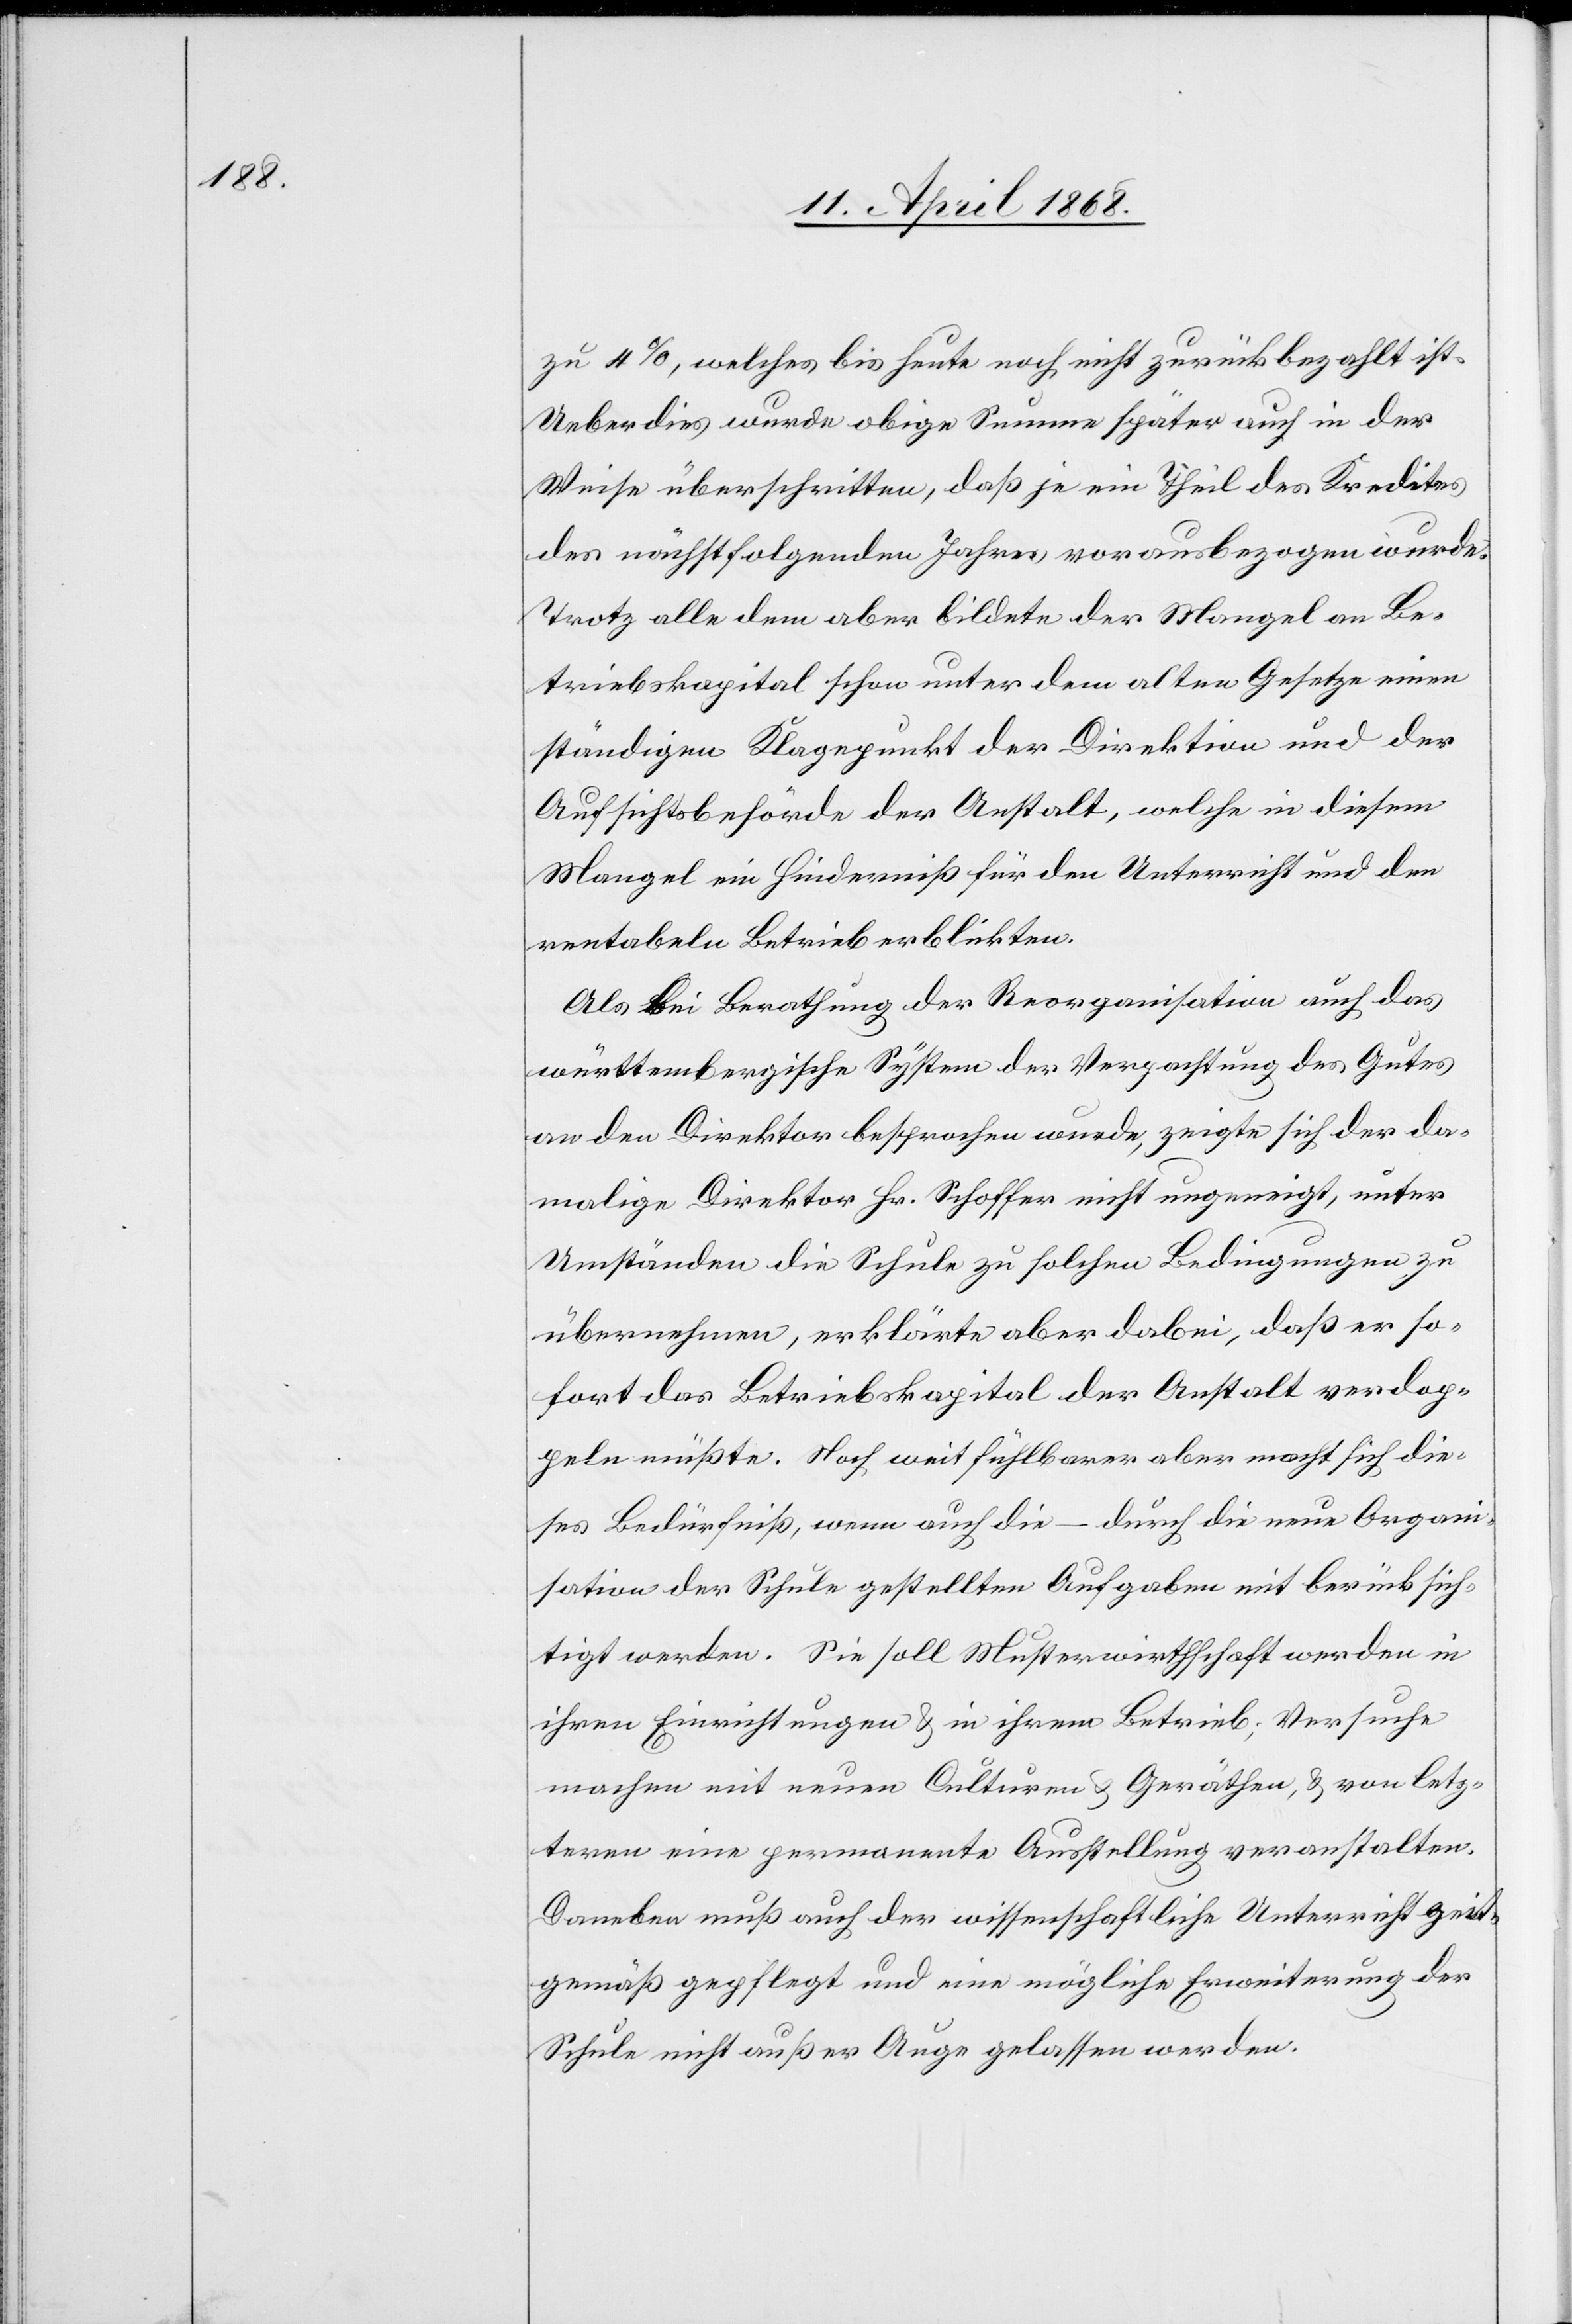
zu 4%, welches bis heute noch nicht zurückbezahlt ist.
Ueberdies wurde obige Summe später auch in der
Weise überschritten, daß je ein Theil des Kredites
des nächstfolgenden Jahres vorausbezogen wurde.
Trotz alle dem aber bildete der Mangel an Be¬
triebskapital schon unter dem alten Gesetze einen
ständigen Klagepunkt der Direktion und der
Aufsichtsbehörde der Anstalt, welche in diesem
Mangel ein Hinderniß für den Unterricht und den
rentabeln Betrieb erblickten.
Als bei Berathung der Reorganisation auch das
württembergische System der Verpachtung des Gutes
an den Direktor besprochen wurde, zeigte sich der da¬
malige Direktor Hr. Schoffer nicht ungeneigt, unter
Umständen die Schule zu solchen Bedingungen zu
übernehmen, erklärte aber dabei, daß er so¬
fort das Betriebskapital der Anstalt verdop¬
peln müßte. Noch weit fühlbarer aber macht sich die¬
ses Bedürfniß, wenn auch die – durch die neue Organi¬
sation der Schule gestellten Aufgaben mit berücksich¬
tigt werden. Sie soll Musterwirthschaft werden in
ihren Einrichtungen & in ihrem Betrieb; Versuche
machen mit neuen Culturen & Geräthen, & von letz¬
teren eine permanente Ausstellung veranstalten.
Daneben muß auch der wissenschaftliche Unterricht zeit¬
gemäß gepflegt und eine mögliche Erweiterung der
Schule nicht außer Auge gelassen werden.